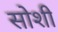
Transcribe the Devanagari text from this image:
सोशी